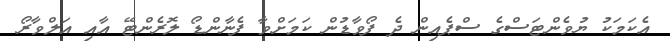
އެކަމަކު ޔުވެންޓަސްގެ ސްޕެއިން ދެ ފޯވާޑުން ކަމަށްވާ ފެނާންޑޯ ލޮރެންޓޭ އާއި އަލްވާރޯ